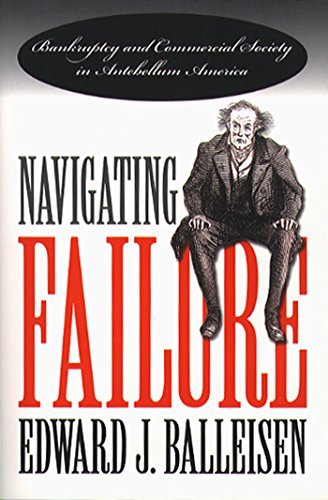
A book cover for Navigating Failure: Bankruptcy and Commercial Society in Antebellum America; Edward J. Balleisen; Law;